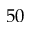
5 0